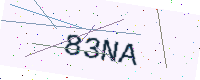
Text: 83NA